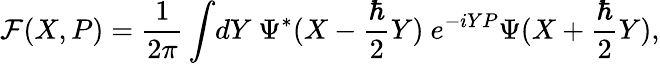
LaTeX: {\cal F}(X,P)={\frac{1}{2\pi}}\int\! dY~\Psi^{*}(X-{\frac{\hbar}{2}}Y)~e^{-iYP}\Psi(X+{\frac{\hbar}{2}}Y),